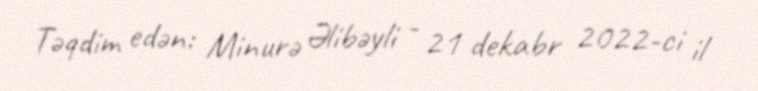
Təqdim edən: Minurə Əlibəyli - 21 dekabr 2022-ci il